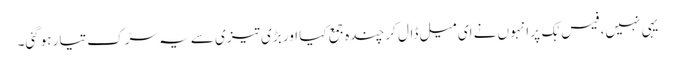
یہی نہیں، فیس بُک پر انہوں نے ای میل ڈال کر چندہ جمع کیا اور بڑی تیزی سے یہ سڑک تیار ہوگئی۔